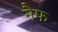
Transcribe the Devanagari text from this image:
नैफ